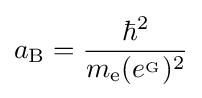
a_{\mathrm {B} }={\frac {\hbar ^{2}}{m_{\mathrm {e} }(e^{_{\mathrm {G} }})^{2}}}